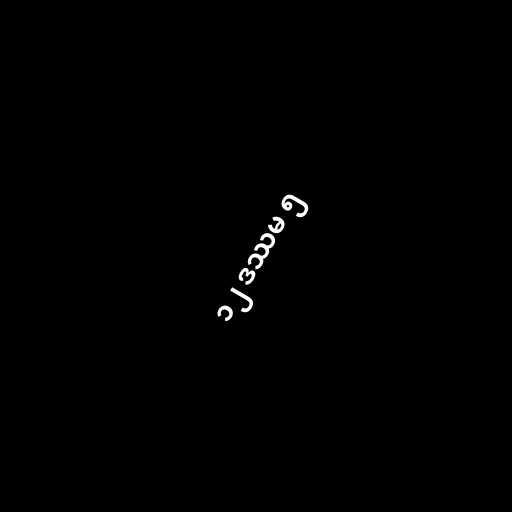
၁၂ ဒဿမ ၅